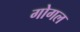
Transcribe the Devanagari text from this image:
गोगल